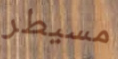
مسيطر